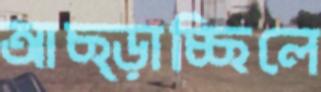
আছ্‌ড়াচ্ছিলে